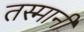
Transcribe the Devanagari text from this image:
तस्मानी